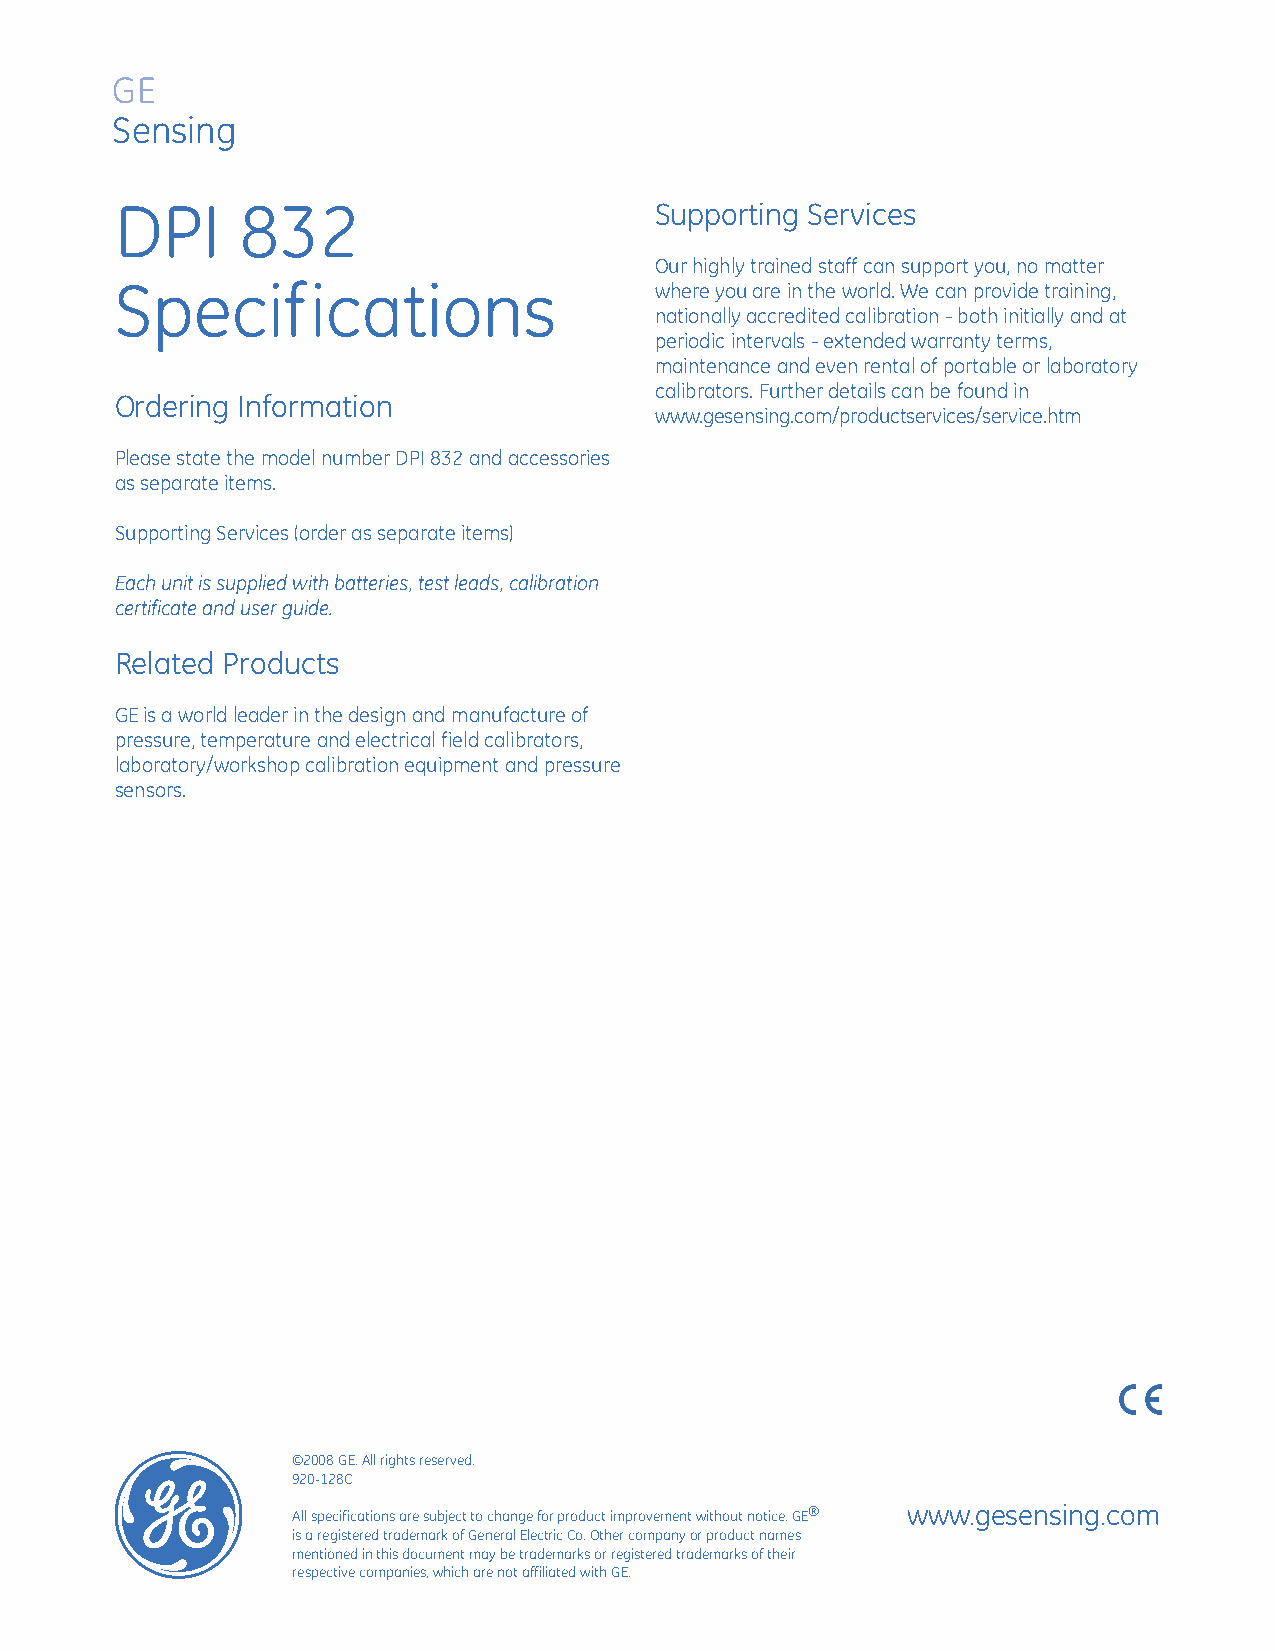
GE
 Sensing
 DPI     832                        Supporting Services
 Our highly trained staff can support you, no matter
 Specifications                     where you are in the world. We can provide training,
 nationally accredited calibration - both initially and at
 periodic intervals - extended warranty terms,
 maintenance and even rental of portable or laboratory
 calibrators. Further details can be found in
 Ordering Information
 www.gesensing.com/productservices/service.htm
 Please state the model number DPI 832 and accessories
 as separate items.
 Supporting Services (order as separate items)
 Each unit is supplied with batteries, test leads, calibration
 certificate and user guide.
 Related Products
 GEis a world leader in the design and manufacture of
 pressure, temperature and electrical field calibrators,
 laboratory/workshop calibration equipment and pressure
 sensors.
 g
 ©2008 GE. All rights reserved.
 920-128C
 All specifications are subject to change for product improvement without notice. GE® www.gesensing.com
 is a registered trademark of General Electric Co. Other company or product names
 mentioned in this document may be trademarks or registered trademarks of their
 respective companies, which are not affiliated with GE.